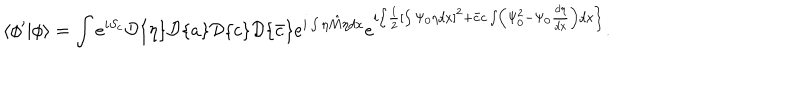
LaTeX: \langle \phi ^ { \prime } | \phi \rangle = \int e ^ { i S _ { c } } { \cal D } \{ \eta \} { \cal D } \{ a \} { \cal D } \{ c \} { \cal D } \{ \bar { c } \} e ^ { i \int \eta \hat { M } \eta d x } e ^ { i \left\{ \frac { 1 } { 2 } \left[ \int \Psi _ { 0 } \eta d x \right] ^ { 2 } + \bar { c } c \int \left( \Psi _ { 0 } ^ { 2 } - \Psi _ { 0 } \frac { d \eta } { d x } \right) d x \right\} } .